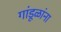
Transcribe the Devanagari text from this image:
गांडूळांना